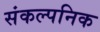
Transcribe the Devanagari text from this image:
संकल्पनिक